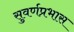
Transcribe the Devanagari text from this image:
सुवर्णप्रभास